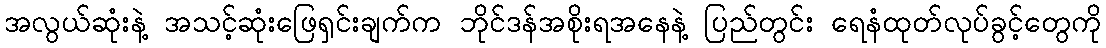
အလွယ်ဆုံးနဲ့ အသင့်ဆုံးဖြေရှင်းချက်က ဘိုင်ဒန်အစိုးရအနေနဲ့ ပြည်တွင်း ရေနံထုတ်လုပ်ခွင့်တွေကို